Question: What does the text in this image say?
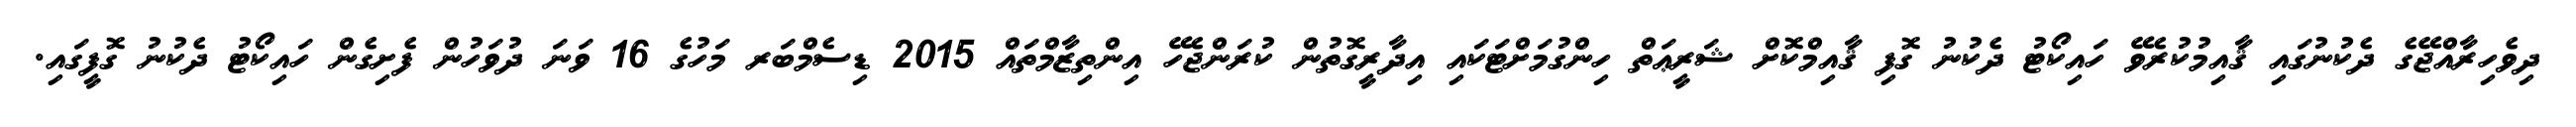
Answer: ދިވެހިރާއްޖޭގެ ދެކުނުގައި ޤާއިމުކުރެވޭ ހައިކޯޓު ދެކުނު ގޮފި ޤާއިމްކޮށް ޝަރީޢަތް ހިންގުމަށްޓަކައި އިދާރީގޮތުން ކުރަންޖެހޭ އިންތިޒާމްތައް 2015 ޑިސެމްބަރ މަހުގެ 16 ވަނަ ދުވަހުން ފެށިގެން ހައިކޯޓު ދެކުނު ގޮފީގައި.